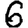
Digit: 6